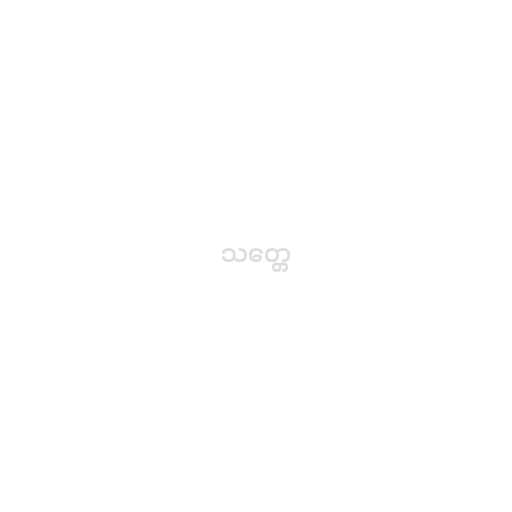
သတ္တေ